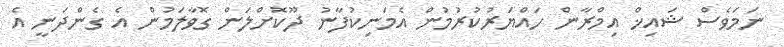
ނަމަވެސް ޝައިޚް އިމްރާން ހައްޔަރުކުރުމުން އެމަނިކުފާނު ދޫކޮށްލަން ގޮވާލަމުން އެ ގެންދަނީ އެ